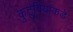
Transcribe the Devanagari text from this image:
कुटुंबियांकडे